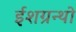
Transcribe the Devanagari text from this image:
ईशग्रन्थो